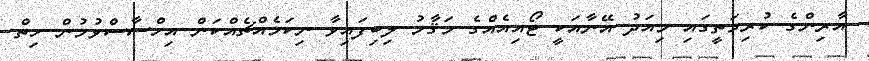
އާރިންގެ ކުރިމަތީގައި މިއަދު އޭނާއަކީ ޓޯއިއެއްގެ މަޤާމު ލިބިފައިވާ ނިކަމެއްޗެއްކަން އިހްސާސްވުމުން ހިތް